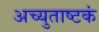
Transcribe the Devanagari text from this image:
अच्युताष्टकं